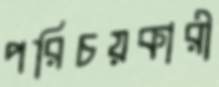
পরিচয়কারী